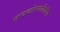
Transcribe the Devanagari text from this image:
सायकोएनालिसिस